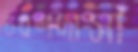
চরণদাসী